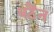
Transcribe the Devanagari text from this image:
बठैंन